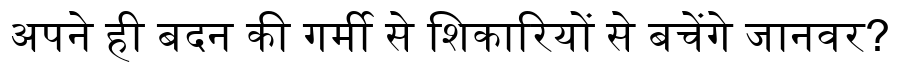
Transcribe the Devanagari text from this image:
अपने ही बदन की गर्मी से शिकारियों से बचेंगे जानवर?